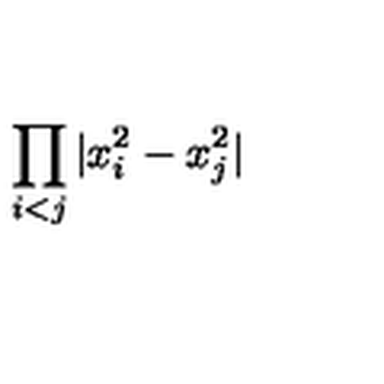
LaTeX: \displaystyle { \prod _ { i < j } | x _ { i } ^ { 2 } - x _ { j } ^ { 2 } | }